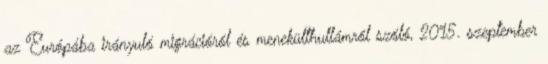
az Európába irányuló migrációról és menekülthullámról szóló, 2015. szeptember